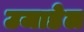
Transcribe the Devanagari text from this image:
उजाडेल